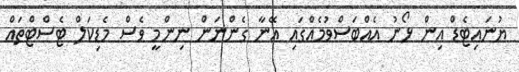
ޔުނައިޓެޑް އިން ޅޯނު އެއްބަސްވުމެއްގައި އޭނާ ގެންނަން ނިންމީ ވެސް މެޑިކަލް ޓެސްޓްތައް